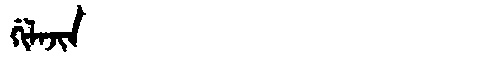
Manchu: ᡤᡳᠯᠠᠵᡳᠨ
Romanization: GILAJIN